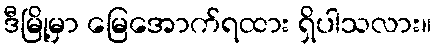
ဒီမြို့မှာ မြေအောက်ရထား ရှိပါသလား။